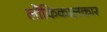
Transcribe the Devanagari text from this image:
लौकिकालंकार